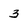
Character: 3